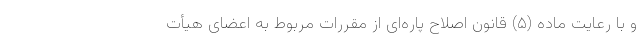
و با رعایت ماده (۵) قانون اصلاح پاره‌ای از مقررات مربوط به اعضای هیأت